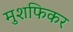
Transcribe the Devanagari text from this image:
मुशफिकर